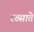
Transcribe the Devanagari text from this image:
रख्साते